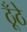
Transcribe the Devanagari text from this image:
ठूँठे